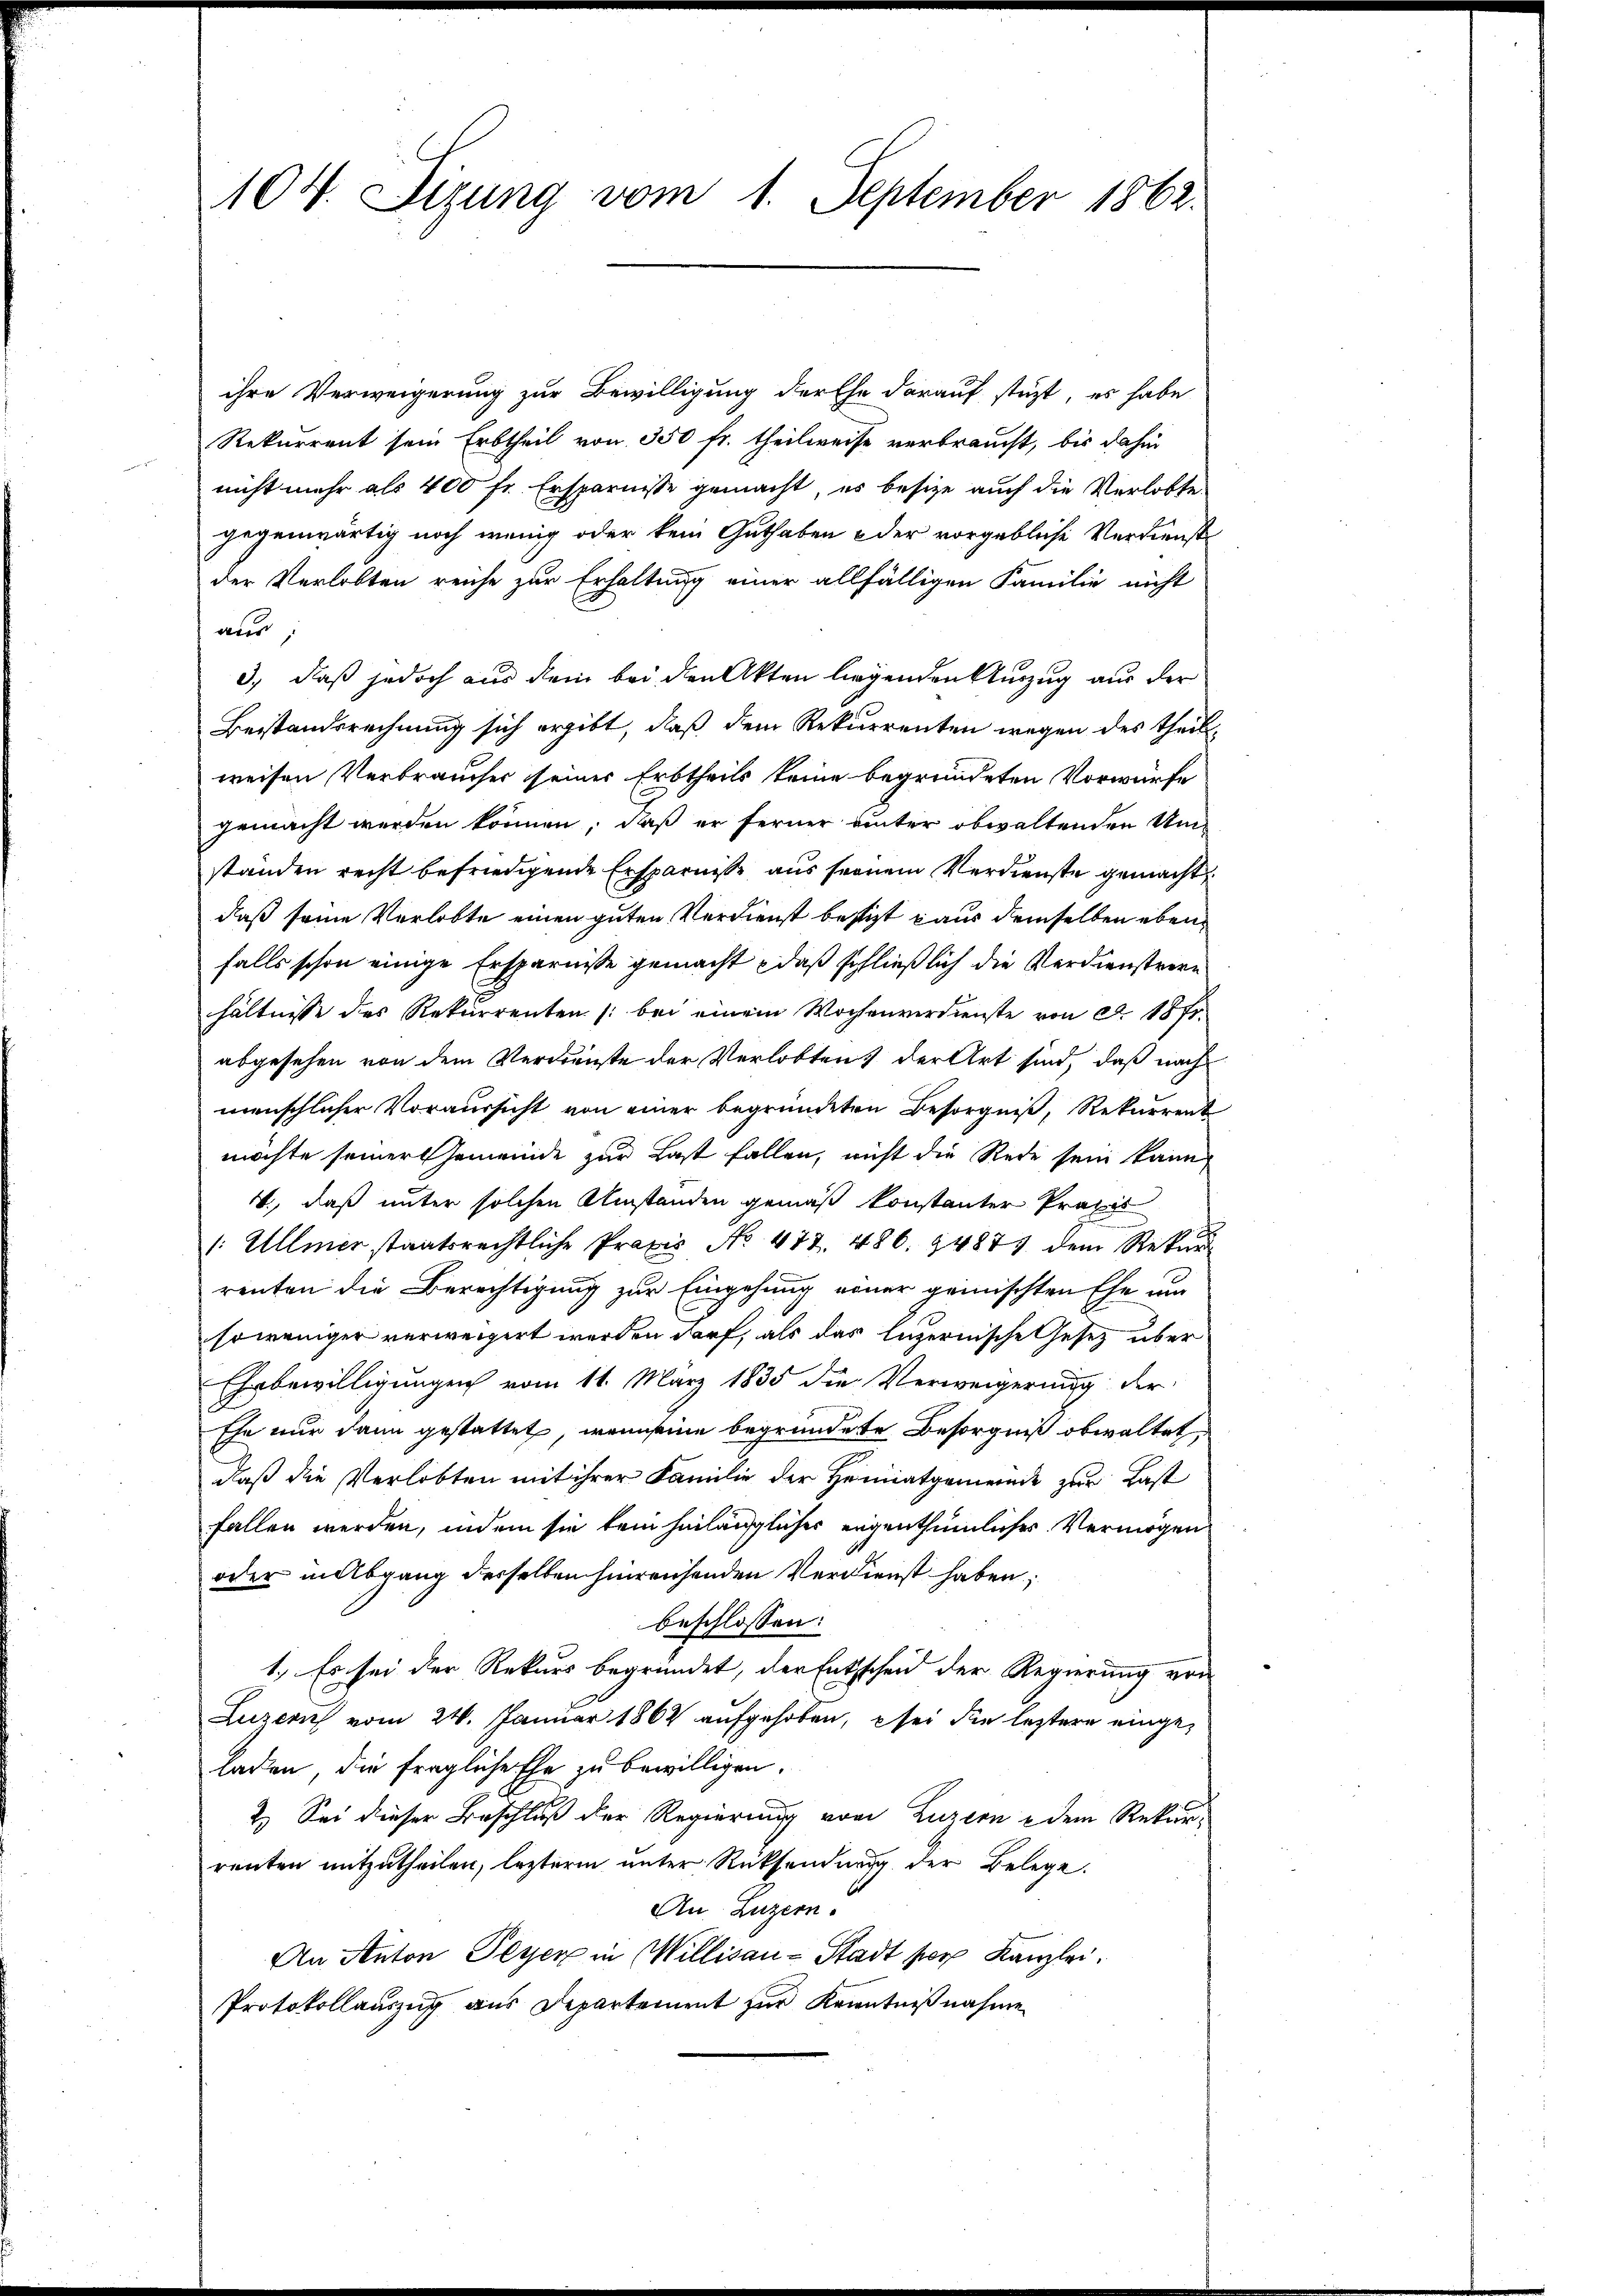
104. Stzung vom 1. September 1862.

ihre Verweigerung zur Bewilligung der Ehe darauf stüzt, es habe
Rekurrent sein Erbtheil von 350 fr. theilweise verbraucht, bis dahin
nicht mehr als 400 fr. Ersparnisse gemacht, es besitze auch die Verlobte
gegenwärtig noch wenig oder kein Guthaben oder vorgebliche Verdienst
der Verlobten reiche zur Erhaltung einer allfälligen Familie nicht
aus,
3., daß jedoch aus dem bei den Akten liegenden Auszug aus der
Beistandsrechnung sich ergibt, daß dem Rekurrenten wegen des Theils-
weisen Verbraucher seiner Erbtheils keine begründeten Vorwürfe
gemacht werden können, daß er ferner unter obwaltenden Umstanden recht befriedigende Ersparnisse aus seinem Verdienste gemacht
daß seine Verlobte einen guten Verdienst bestigt aus demselben ebenfalls schon einige Ersparnisse gemacht, daß schließlich die Verdienstrenn
hältnisse des Rekurrenten /: bei einem Wochenverdienste von Ao. 18 f.
abgesehen von dem Verdienste der Verlobten der Art sind, daß nach
menschlicher Voraussicht von einer begründeten Besorgniß, Rekurrent
möchte seiner Gemeinde zur Last fallen, nicht die Rede sein kann
., daß unter solchen Umständen gemäß konstanter Praxis
1: Ullmer staatsrechtliche Praxis No. 477. 486. 94874 dem Rekŭrs
renten die Berechtigung zur Eingehung einer geinischten Ehe um
soweniger verweigert werden darf, als das luzernische Gesetz über
Ehrbewilligungen vom 11. März 1835 die Verweigerung der
Ehe nur dann gestattet, wenn seine begründete Besorgniß obwaltet,
daß die Verlobten mit ihrer Familie der Heimatgemeinde zur Last
fallen werden, indem sie kein hinlänglicher eigenthümliches Vermögen
oder in Abgang derselben hinreichenden Verdienst haben;
beschlossen:
1., Es sei der Rekurs begründet, der Entscheid der Regierung von
Luzern vom 24. Januar 1862 aufgehoben, sei die leztere eingeladen, die fragliche Ehe zu bewilligen.
2.) Sei dieser Beschluß der Regierung von Luzern dem Rekurrenten mitzutheilen, lezterem unter Rücksendung der Belege.
An Luzern.
An Anton Peyer in Willisau-Stadt sor Kanzlei.
Protokollauszug aus Departement zur Kenntnißnahme